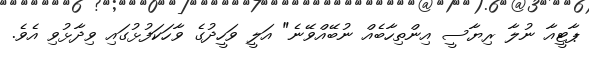
ޕާޓީއާ ނުލާ ރިޔާސީ އިންތިހާބެއް ނުބޭއްވޭނެ" އަލީ ވަހީދުގެ ވާހަކަފުޅުގައި ވިދާޅުވި އެވެ.